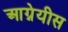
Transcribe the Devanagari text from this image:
आग्नेयीस